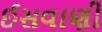
ઈસવાણી